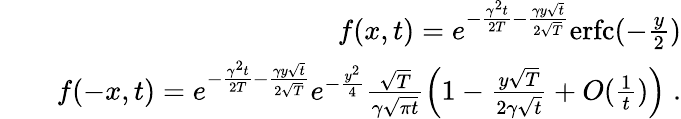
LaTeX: \begin{array}{rlr}&{}&{f(x,t)=e^{-\frac{\gamma^{2}t}{2T}-\frac{\gamma y\sqrt{t}}{2\sqrt{T}}}\mathrm{erfc}(-\frac{y}{2})}\\ &{}&{f(-x,t)=e^{-\frac{\gamma^{2}t}{2T}-\frac{\gamma y\sqrt{t}}{2\sqrt{T}}}e^{-\frac{y^{2}}{4}}\frac{\sqrt{T}}{\gamma\sqrt{\pi t}}\left(1-\frac{y\sqrt{T}}{2\gamma\sqrt{t}}+O(\frac{1}{t})\right)\; .}\end{array}